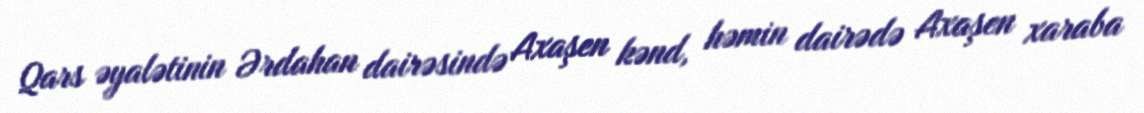
Qars əyalətinin Ərdahan dairəsində Axaşen kənd, həmin dairədə Axaşen xaraba